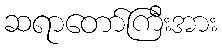
ဆရာတော်ကြီးအား